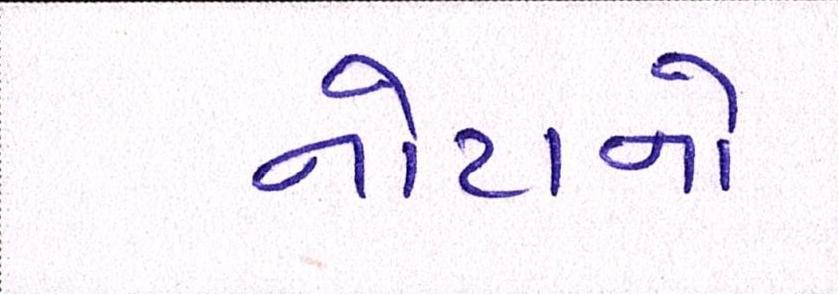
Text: નોટાનો